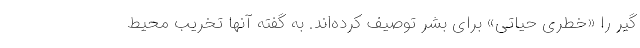
گیر را «خطری حیاتی» برای بشر توصیف کرده‌اند. به گفته آنها تخریب محیط